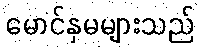
မောင်နှမများသည်